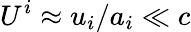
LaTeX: U^{i}\approx u_{i}/a_{i}\ll c